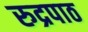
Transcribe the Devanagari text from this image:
रुद्रपाठ